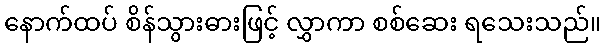
နောက်ထပ် စိန်သွားဓားဖြင့် လွှာကာ စစ်ဆေး ရသေးသည်။